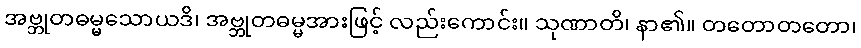
အဗ္ဘုတဓမ္မသောယဒိ၊ အဗ္ဘုတဓမ္မအားဖြင့် လည်းကောင်း။ သုဏာတိ၊ နာ၏။ တတောတတော၊